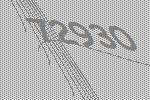
72930